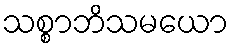
သစ္စာဘိသမယော